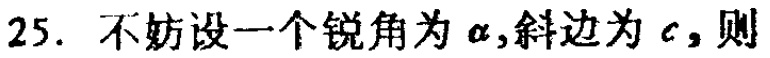
25. 不妨设一个锐角为\(\alpha\)，斜边为\(c\)，则